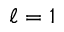
\ell = 1